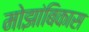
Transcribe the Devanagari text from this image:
मोझांबिकास